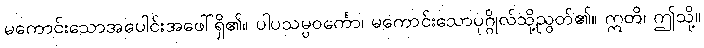
မကောင်းသောအပေါင်းအဖေါ်ရှိ၏။ ပါပသမ္ပဝင်္ကော၊ မကောင်းသောပုဂ္ဂိုလ်သို့ညွတ်၏။ ဣတိ၊ ဤသို့။